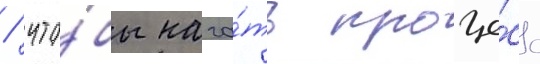
/ что́бы нача́ть проце́сс